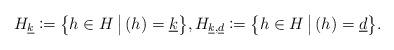
LaTeX: \begin{align*} H_{\underline{k}}\coloneqq \big\{h\in H \, \big| \, (h)=\underline{k}\big\}, H_{\underline{k},\underline{d}}\coloneqq \big\{h\in H \, \big| \, (h)=\underline{d}\big\}.\end{align*}